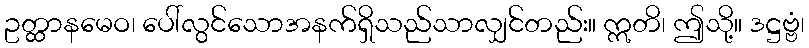
ဥတ္ထာနမေဝ၊ ပေါ်လွင်သောအနက်ရှိသည်သာလျှင်တည်း။ ဣတိ၊ ဤသို့။ ဒဋ္ဌဗ္ဗံ၊